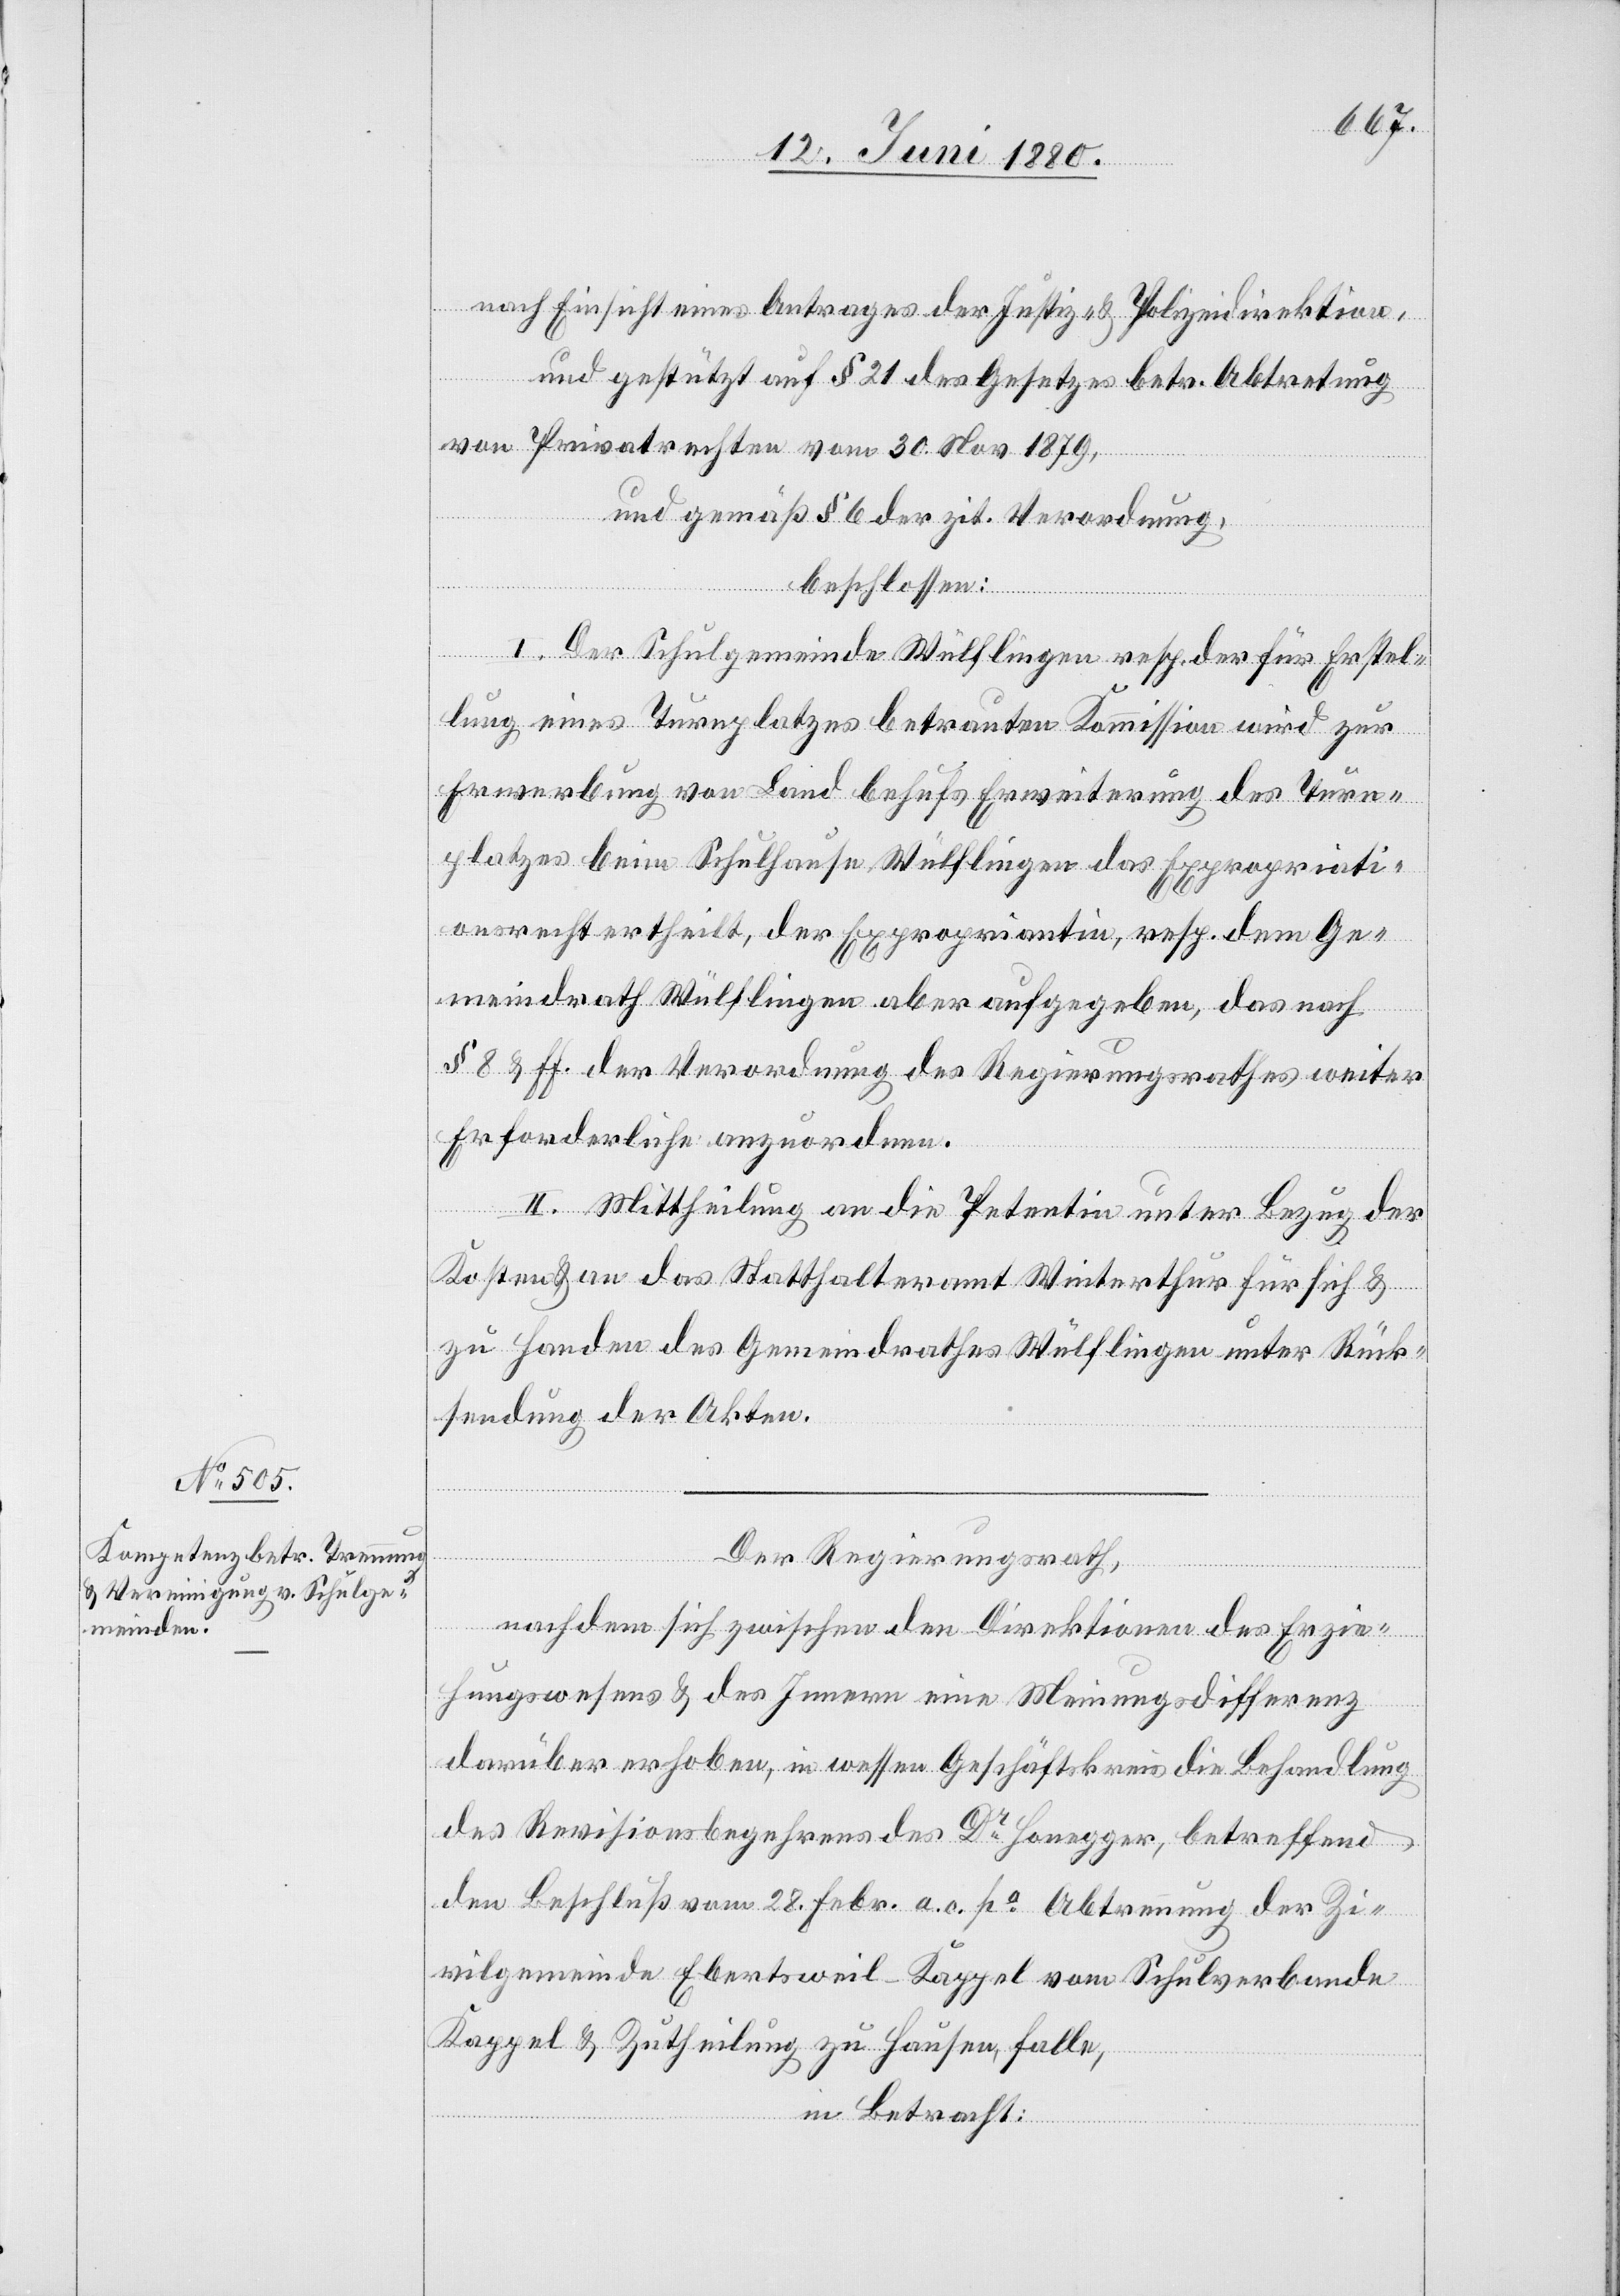
nach Einsicht eines Antrages der Justiz- & Polizeidirektion,
und gestützt auf § 21 des Gesetzes betr. Abtretung
von Privatrechten vom 30. Nov. 1879,
und gemäß § 6 der zit. Verordnung,
beschlossen:
I. Der Schulgemeinde Wülflingen resp. der für Erstel¬
lung eines Turnplatzes betrauten Kommission wird zur
Erwerbung von Land behufs Erweiterung des Turn¬
platzes beim Schulhause Wülflingen das Expropriati¬
onsrecht ertheilt, der Expropriantin, resp. dem Ge¬
meindrath Wülflingen aber aufgegeben, das nach
§ 8 & ff. der Verordnung des Regierungsrathes weiter
Erforderliche anzuordnen.
II. Mittheilung an die Petentin unter Bezug der
Kosten & an das Statthalteramt Winterthur für sich &
zu Handen des Gemeindrathes Wülflingen unter Rück¬
sendung der Akten.
Der Regierungsrath,
nachdem sich zwischen den Direktionen des Erzie¬
hungswesens & des Innern eine Meinungsdifferenz
darüber erhoben, in wessen Geschäftskreis die Behandlung
des Revisionsbegehrens des Dr Honegger, betreffend
den Beschluß vom 28. Febr. a. c. po Abtrennung der Zi¬
vilgemeinde Ebertsweil - Kappel vom Schulverbande
Kappel & Zutheilung zu Hausen, falle,
in Betracht: